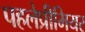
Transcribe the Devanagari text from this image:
पहलेप्रीमियर